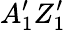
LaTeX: A_{1}^{\prime}Z_{1}^{\prime}